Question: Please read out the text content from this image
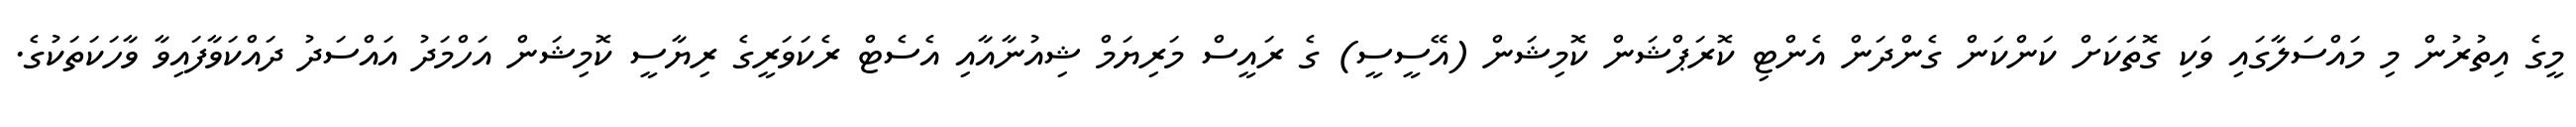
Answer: މީގެ އިތުރުން މި މައްސަލާގައި ވަކި ގޮތަކަށް ކަންކަން ގެންދަން އެންޓި ކޮރަޕްޝަން ކޮމިޝަން (އޭސީސީ) ގެ ރައީސް މަރިޔަމް ޝިއުނާއާއި އެސެޓް ރެކަވަރީގެ ރިޔާސީ ކޮމިޝަން އަހްމަދު އައްސަދު ދައްކަވާފައިވާ ވާހަކަތަކުގެ.